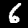
Digit: 6